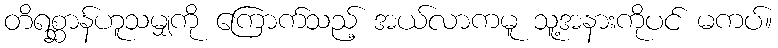
တိရစ္ဆာန်ဟူသမျှကို ကြောက်သည့် အယ်လာကမူ သူ့အနားကိုပင် မကပ်။